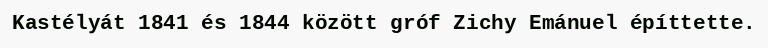
Kastélyát 1841 és 1844 között gróf Zichy Emánuel építtette.